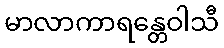
မာလာကာရန္တေဝါသီ